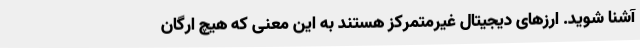
آشنا شوید. ارزهای دیجیتال غیرمتمرکز هستند به این معنی که هیچ ارگان